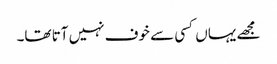
مجھے یہاں کسی سے خوف نہیں آتا تھا۔